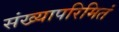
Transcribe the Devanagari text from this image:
संख्यापरिमितं